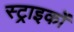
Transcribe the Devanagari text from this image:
स्ट्राइकों